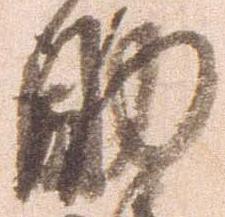
助